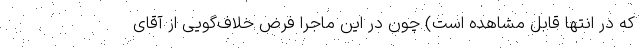
که در انتها قابل مشاهده است) چون در این ماجرا فرضِ خلاف‌گویی از آقای